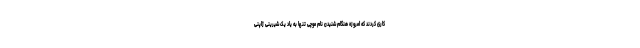
کاری کردند که امروزه هنگام شنیدن نام موچی تنها به یاد یک شیرینی ژاپنی